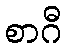
စာဂီ